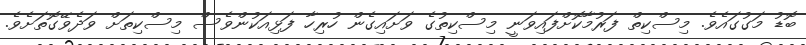
ބޮޑު މަގުގައެވެ. މިސްކިތް ފަރުމާކޮށްފައިވަނީ މިސްކިތުގެ ވަށައިގެން ހުރިހާ ފަޅިއަކުންވެސް މިސްކިތަށް ވަދެވޭގޮތަށެވެ.